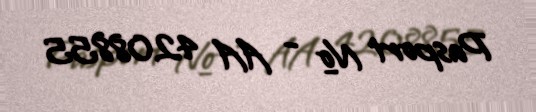
Pasport № - AA 4208855